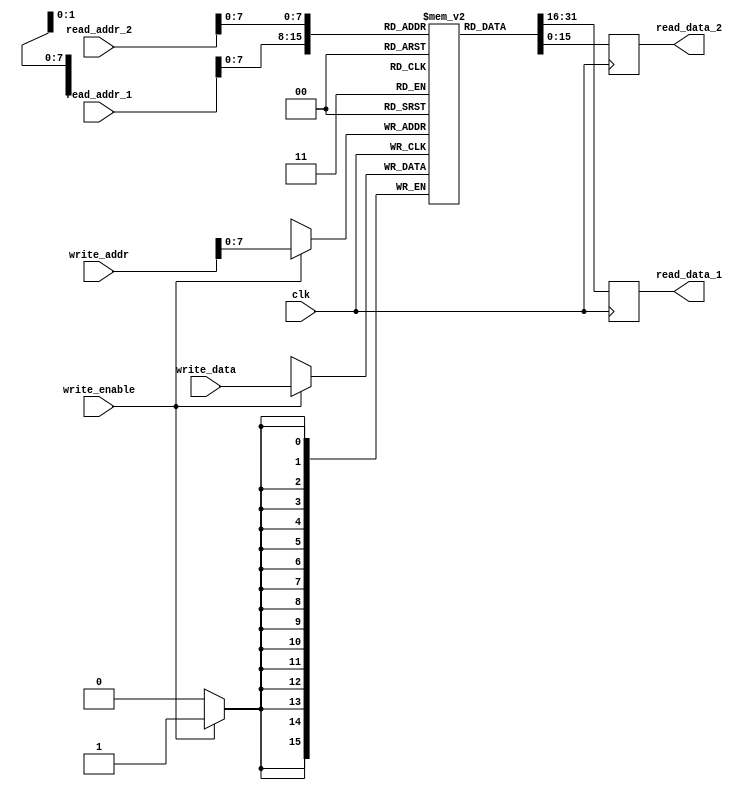
module dual_port_register_file(
    input wire clk,
    input wire [15:0] read_addr_1,
    input wire [15:0] read_addr_2,
    input wire [15:0] write_addr,
    input wire [15:0] write_data,
    input wire write_enable,
    output reg [15:0] read_data_1,
    output reg [15:0] read_data_2
);

reg [15:0] memory [0:255];

always @(posedge clk) begin
    if(write_enable) begin
        memory[write_addr] <= write_data;
    end
    read_data_1 <= memory[read_addr_1];
    read_data_2 <= memory[read_addr_2];
end

endmodule